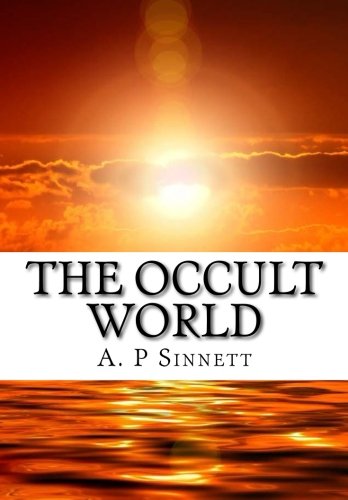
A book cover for The Occult World; A. P Sinnett; Religion & Spirituality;